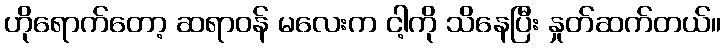
ဟိုရောက်တော့ ဆရာဝန် မလေးက ငါ့ကို သိနေပြီး နှုတ်ဆက်တယ်။